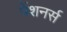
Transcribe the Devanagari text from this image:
पेंशनर्स